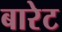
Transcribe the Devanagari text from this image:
बारेट